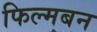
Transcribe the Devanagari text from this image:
फिल्मबन